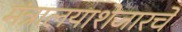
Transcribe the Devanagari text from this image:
मंत्रालयाशेजारचे